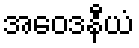
အဝေဒနီယံ